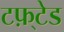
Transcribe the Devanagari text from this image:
टफ़्टेड